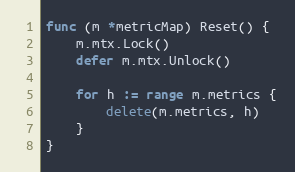
Language: Go
func (m *metricMap) Reset() {
	m.mtx.Lock()
	defer m.mtx.Unlock()

	for h := range m.metrics {
		delete(m.metrics, h)
	}
}